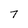
Character: 7